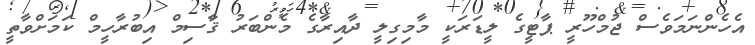
އެހެންނަމަވެސް ޖުމްހޫރީ ޕާޓީގެ ލީޑަރަކީ މާމިގިލީ ދާއިރާގެ މެންބަރު ޤާސިމް އިބުރާހީމް ކަމަށްވާތީ